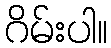
ဂိမ်းပါ။